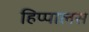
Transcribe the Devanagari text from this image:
हिप्पालस